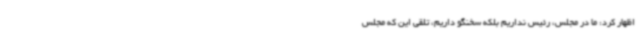
اظهار کرد: ما در مجلس، رئیس نداریم بلکه سخنگو داریم، تلقی این که مجلس